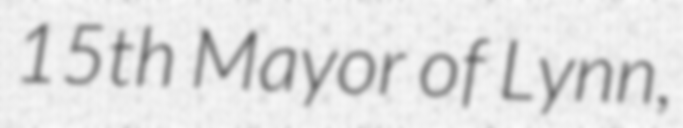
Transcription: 15th Mayor of Lynn,